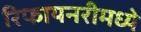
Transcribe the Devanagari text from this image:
रिफायनरीमध्ये